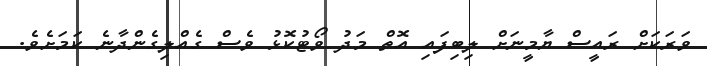
ވަރަކަށް ރައީސް ޔާމީނަށް ލިބިފައި އޮތް މަދު ވޯޓުކޮޅު ވެސް ގެއްލިގެންދާނެ ކަމަށެވެ.